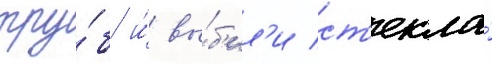
тру́б и́ вы́б'ил'и ст'екла́